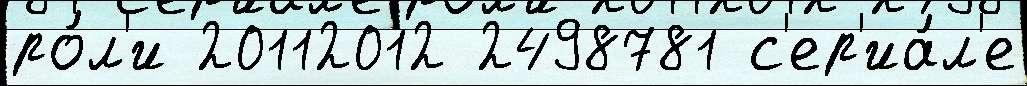
ро́л'и 20112012 2498781 с'ер'иа́л'е